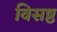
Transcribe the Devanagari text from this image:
विसष्ठ